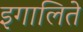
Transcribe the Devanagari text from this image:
इगालिते